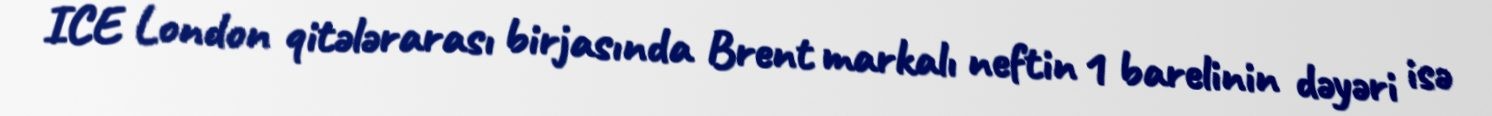
ICE London qitələrarası birjasında Brent markalı neftin 1 barelinin dəyəri isə